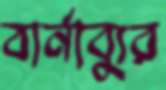
বার্নাব্যুর